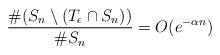
LaTeX: \begin{align*}\frac{\# (S_n \setminus (T_\epsilon \cap S_n))}{\# S_n}=O(e^{-\alpha n})\end{align*}